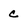
Character: c